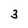
Character: 3